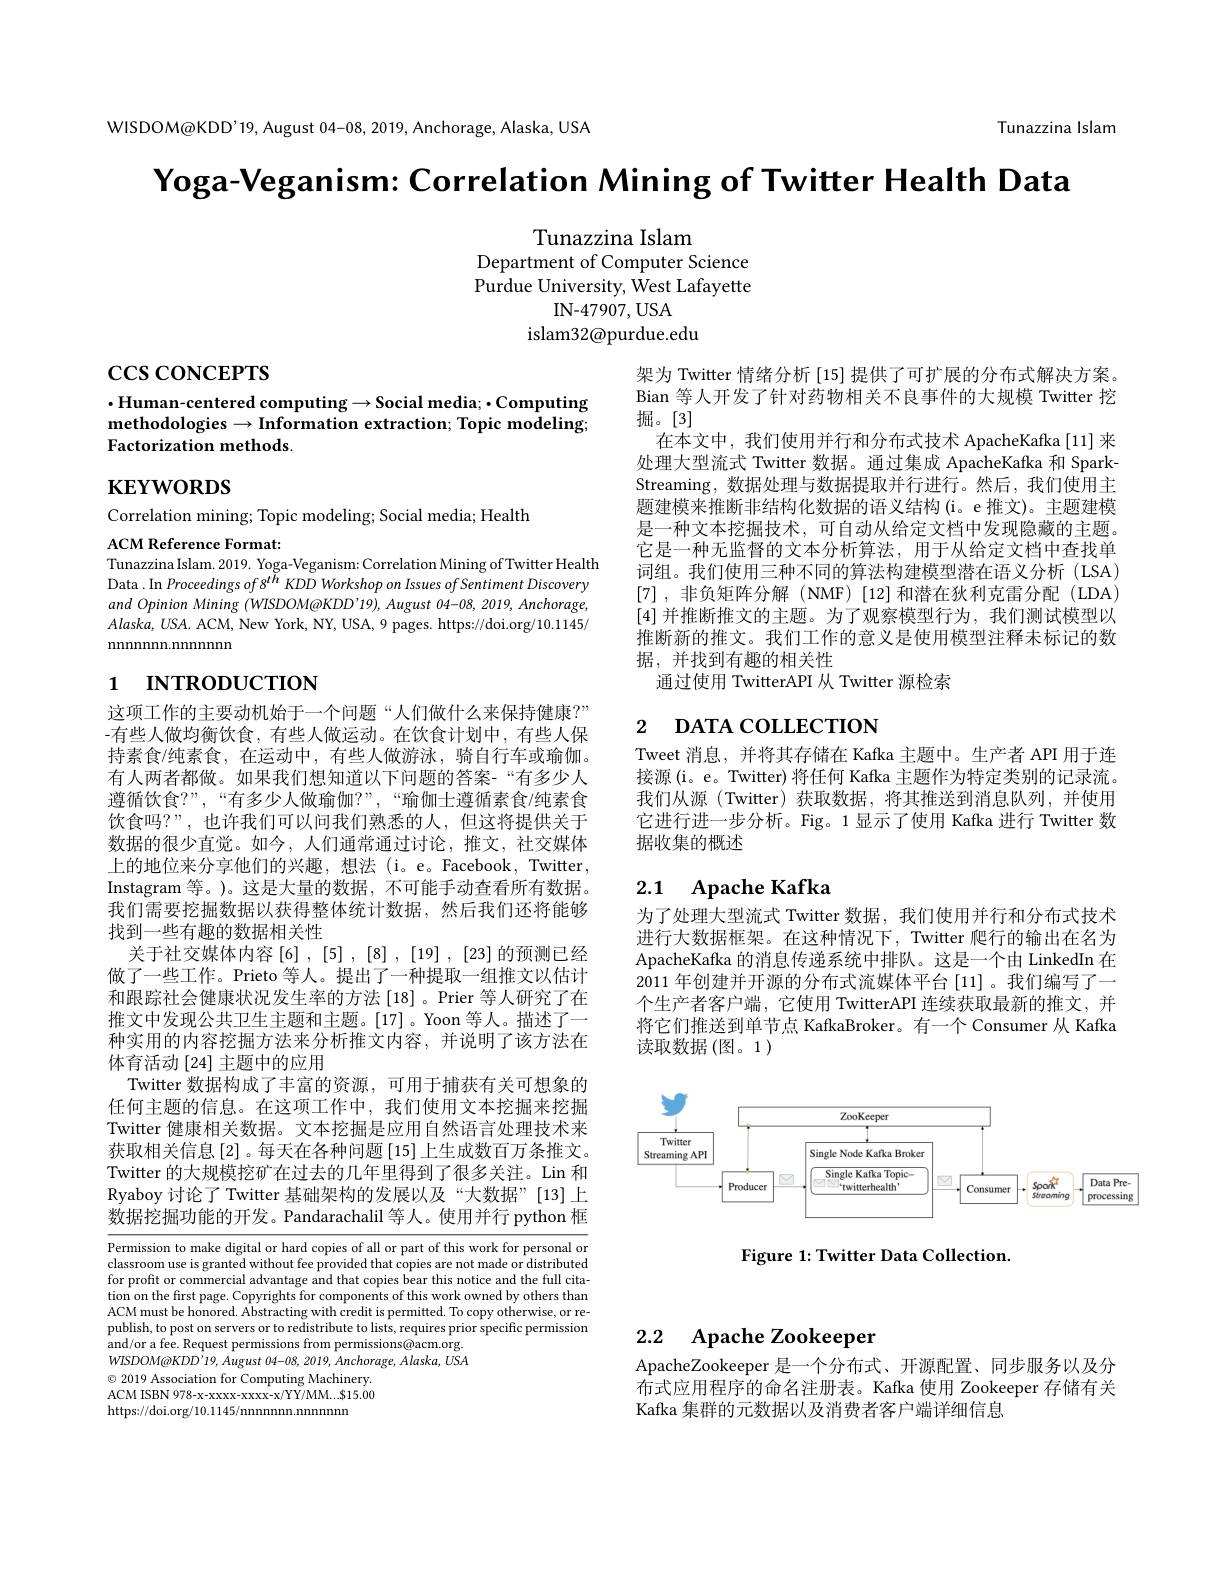
WISDOM@KDD'19, August 04-08, 2019, Anchorage, Alaska, USA

Tunazzina Islam

$\textbf{Yoga- Veganism: Correlation Mining of Twitter Health Data}$

Tunazzina Islam
Department of Computer Science Purdue University, West Lafayette
IN-47907,USA
islam32@purdue.edu

$\csc\cos$concerrs

$\cdot$Human-centered computing$\to$Social media; $\cdot$Computing methodologies$\to$Information extraction; Topic modeling; Factorization methods.

$\mathbf{KEYWORDS}$

Correlation mining; Topic modeling; Social media; Health

架为 Twitter 情绪分析 [15] 提供了可扩展的分布式解决方案。Bian 等人开发了针对药物相关不良事件的大规模 Twitter 挖掘。[3]
在本文中，我们使用并行和分布式技术 ApacheKafka [11] 来处理大型流式 Twitter 数据。通过集成 ApacheKafka 和 SparkStreaming, 数据处理与数据提取并行进行。然后，我们使用主题建模来推断非结构化数据的语义结构(i。e 推文)。主题建模是一种文本挖掘技术，可自动从给定文档中发现隐藏的主题。它是一种无监督的文本分析算法，用于从给定文档中查找单词组。我们使用三种不同的算法构建模型潜在语义分析 (LSA) [7],非负矩阵分解(NMF)[12]和潜在狄利克雷分配(LDA) [4]并推断推文的主题。为了观察模型行为，我们测试模型以推断新的推文。我们工作的意义是使用模型注释未标记的数据，并找到有趣的相关性
通过使用 TwitterAPI 从 Twitter 源检索

ACM Reference Format:
Tunazzina Islam. 2019. Yoga-Veganism: Correlation Mining of Twitter Health Data .In Proceedings of 8$^{t\bar{h}}$ KDD Workshop on Issues of Sentiment Discovery and Opinion Mining (WISDOM@KDD’19), August 04-08, 2019, Anchorage, $Alaska,USA.$ ACM, New York, NY, USA, 9 pages. https://doi.org/10.1145/ ${\mathrm{nnnnnnn.nnnnnnnnn}}$

# 1 INTRODUCTION

# 2 DATA COLLECTION

Tweet 消息，并将其存储在 Kafka 主题中。生产者 API 用于连接源(i。e。Twitter) 将任何 Kafka 主题作为特定类别的记录流。我们从源(Twitter)获取数据，将其推送到消息队列，并使用它进行进一步分析。Fig。1 显示了使用 Kafka 进行 Twitter 数据收集的概述

# 2.1 Apache Kafka

这项工作的主要动机始于一个问题“人们做什么来保持健康？” -有些人做均衡饮食，有些人做运动。在饮食计划中，有些人保持素食/纯素食，在运动中，有些人做游泳，骑自行车或瑜伽。有人两者都做。如果我们想知道以下问题的答案-“有多少人遵循饮食？”,“有多少人做瑜伽？”,“瑜伽士遵循素食/纯素食饮食吗？”,也许我们可以问我们熟悉的人，但这将提供关于数据的很少直觉。如今，人们通常通过讨论，推文，社交媒体上的地位来分享他们的兴趣，想法 (i。e。Facebook, Twitter, Instagram 等。)。这是大量的数据，不可能手动查看所有数据。我们需要挖掘数据以获得整体统计数据，然后我们还将能够找到一些有趣的数据相关性
关于社交媒体内容$\left[6\right],\left[5\right],\left[8\right],\left[19\right],\left[23\right]$的预测已经做了一些工作。Prieto 等人。提出了一种提取一组推文以估计和跟踪社会健康状况发生率的方法[18]。Prier 等人研究了在推文中发现公共卫生主题和主题。[17]。Yoon 等人。描述了一种实用的内容挖掘方法来分析推文内容，并说明了该方法在体育活动$\left[24\right]$主题中的应用
Twitter 数据构成了丰富的资源，可用于捕获有关可想象的任何主题的信息。在这项工作中，我们使用文本挖掘来挖掘Twitter 健康相关数据。文本挖掘是应用自然语言处理技术来获取相关信息[2]。每天在各种问题[15]上生成数百万条推文。Twitter 的大规模挖矿在过去的几年里得到了很多关注。Lin 和Ryaboy 讨论了 Twitter 基础架构的发展以及“大数据”[13]上数据挖掘功能的开发。Pandarachalil 等人。使用并行 python 框

为了处理大型流式 Twitter 数据，我们使用并行和分布式技术进行大数据框架。在这种情况下，Twitter 爬行的输出在名为ApacheKafka 的消息传递系统中排队。这是一个由 LinkedIn 在2011 年创建并开源的分布式流媒体平台 [11]。我们编写了一个生产者客户端，它使用 TwitterAPI 连续获取最新的推文，并将它们推送到单节点 KafkaBroker。有一个 Consumer 从 Kafka 读取数据(图。1)

<FigureHere>

Figure 1: Twitter Data Collection.

Permission to make digital or hard copies of all or part of this work for personal or classroom use is granted without fee provided that copies are not made or distributed for profit or commercial advantage and that copies bear this notice and the full citation on the first page. Copyrights for components of this work owned by others than ACM must be honored. Abstracting with credit is permitted. To copy otherwise, or republish, to post on servers or to redistribute to lists, requires prior specific permission and/or a fee. Request permissions from permissions@acm.org. $WISDOM@ KDD’ 19, August$ $04- 08, 2019, Anchorage$, $Alaska$, $USA$ $\odot$ 2019 Association for Computing Machinery. ACM ISBN 978-x-xxxx-xxxx-x/YY/MM...$15.00 https://doi.org/10.1145/nnnnnnn.nnnnn

# 2.2 Apache Zookeeper

ApacheZookeeper 是一个分布式、开源配置、同步服务以及分$\dot{\text{布式应用程序的命名注册表。Kafka 使用 Zookeeper 存储有关}}$ Kafka 集群的元数据以及消费者客户端详细信息